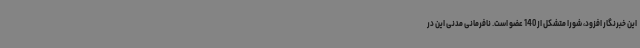
این خبرنگار افزود، شورا متشکل از 140 عضو است. نافرمانی مدنی این در